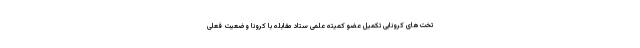
تخت‌های کرونایی تکمیل عضو کمیته علمی ستاد مقابله با کرونا وضعیت فعلی